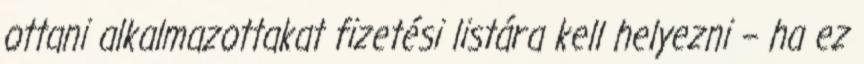
ottani alkalmazottakat fizetési listára kell helyezni – ha ez